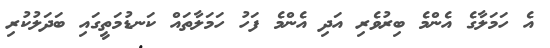
އެ ހަމަލާގެ އެންމެ ބިރުވެރި އަދި އެންމެ ފަހު ހަމަލާތައް ކަނޑުމަތީގައި ބަދަލުކުރި